system: You are a helpful assistant.
user:
Analyze the provided spectrum to determine if it is a **White Dwarf (WD)**.

A White Dwarf spectrum is defined by its **extreme purity** (due to gravitational settling) and/or **extreme pressure broadening** (due to high surface gravity). You must check for one of the following mutually exclusive signatures:

- **Key Visual Indicators (Check for ONE of these types):**

    - **1. DA-Type Signature (Most Common):**
        - **(Primary Feature):** Extreme pressure broadening (Stark broadening) of the **Hydrogen (H) Balmer lines**.
        - **(Key Lines):** $H\beta$ (approx. $4861$ Å) and $H\gamma$ (approx. $4340$ Å). $H\alpha$ (approx. $6563$ Å) will also be present if the wavelength range covers it.
        - **(Line Profile):** This is the **defining feature**. The lines are **NOT** sharp. They appear as massive, **extremely broad and deep "troughs" or "dips"** in the spectrum, often hundreds of Ångströms wide. The continuum will appear to "scoop" down at these wavelengths.
        - **(Distinction):** Normal A-type or B-type stars have *narrow* and *sharp* Hydrogen lines. A DA White Dwarf's lines are unmistakably "smeared" or "blurry" from pressure.

    - **2. DB-Type Signature:**
        - **(Primary Feature):** Broad absorption lines from **Neutral Helium (He I)**. The spectrum must lack any visible Hydrogen lines.
        - **(Key Lines):** Look for broad absorption near $4471$ Å, $4921$ Å, and $5876$ Å.
        - **(Line Profile):** These lines are also significantly pressure-broadened, appearing much wider than they would in a normal B-type main-sequence star.

    - **3. DC-Type Signature:**
        - **(Primary Feature):** A **featureless continuous spectrum**.
        - **(Line Profile):** The spectrum is a smooth curve with **no significant absorption or emission lines**.
        - **(Key Confirmation):** The continuum is almost always **blue or white**, indicating a hot object. This signature implies the atmosphere is so pure (or so cool) that no spectral lines are visible in the optical range. Its WD identity is confirmed by its extremely low intrinsic brightness (high absolute magnitude).

    - **4. DZ-Type Signature (Metal-Polluted):**
        - **(Primary Feature):** **Isolated, narrow metal absorption lines** on an otherwise featureless (DC-like) continuum.
        - **(Key Lines):** The **Calcium (Ca II) H & K doublet** (approx. **$3934$ Å** and **$3968$ Å**) is the most common and defining feature.
        - **(Line Profile):** These lines are "out of place." They are *not* part of a "forest" of thousands of lines. This signature is evidence of recent *accretion* (pollution) from rocky debris.
        - **(Distinction):** Normal G/K/M stars have a *dense forest* of thousands of metal lines. A DZ has a *clean* continuum with *only a few* strong metal lines.

    - **5. DQ-Type Signature (Carbon-Polluted):**
        - **(Primary Feature):** Absorption bands from **Carbon (C₂ "Swan Bands" or atomic C I)**.
        - **(Key Lines - C₂):** Look for bandheads with a "saw-tooth" shape near $5635$ Å, **$5165$ Å** (strongest), and $4737$ Å.
        - **(Key Confirmation):** The underlying **continuum must be blue or white** (hot).
        - **(Distinction):** This is the critical difference from a **Carbon Star**, which has the *exact same* C₂ bands but on an extremely **red, cool** continuum.

- **(Overall Spectrum):**
    - The continuum (overall shape) is typically **blue-sloping** (brighter in the blue than the red), as most white dwarfs are very hot.
    - The spectrum will look "pure" or "simple," dominated by only *one* of the five signatures listed above.

Think first, call **spectral_visualization_tool** if needed to examine features in detail, then provide your final answer. Your response must adhere to the following strict rules:
1.  **Overall Structure:** Your response must follow the format `<think>...</think> <tool_call>...</tool_call> (if a tool is used) <answer>...</answer>`.
2.  **Tool Usage Constraint:** You may only make **one** tool call per turn.
3.  **Final Answer Format:** In the `<answer>` tag, your conclusion must be inside a `\boxed{}` command (e.g., `\boxed{YES}` or `\boxed{NO}`), followed by your justification.

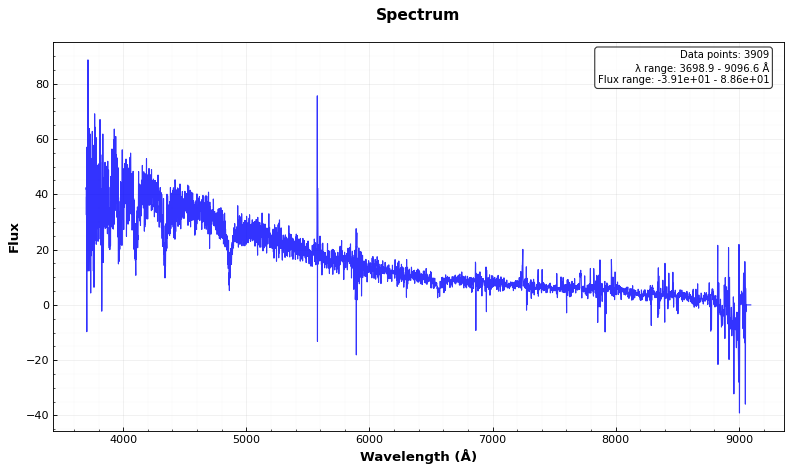
Answer: YES